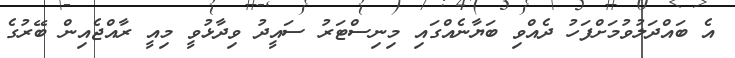
އެ ބައްދަލުވުމަށްފަހު ދެއްވި ބަޔާނެއްގައި މިނިސްޓަރު ސައީދު ވިދާޅުވީ މިއީ ރާއްޖެއިން ބޭރުގެ